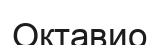
Октавио